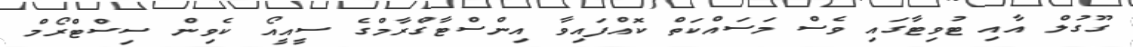
ގޫގުލް އާއި ޓުވިޓާގައި ވެސް މަސައްކަތް ކޮއްފައިވާ އިންސްޓާގްރާމްގެ ސީއީއޯ ކެވިން ސިސްޓްރޯމް